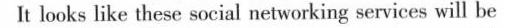
It looks like these social networking services will be